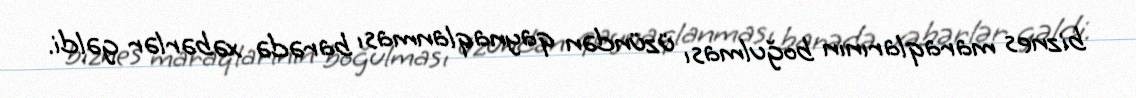
biznes maraqlarının boğulması üzündən qaynaqlanması barədə xəbərlər gəldi.